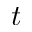
t